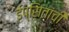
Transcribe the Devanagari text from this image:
ईप्सितांची